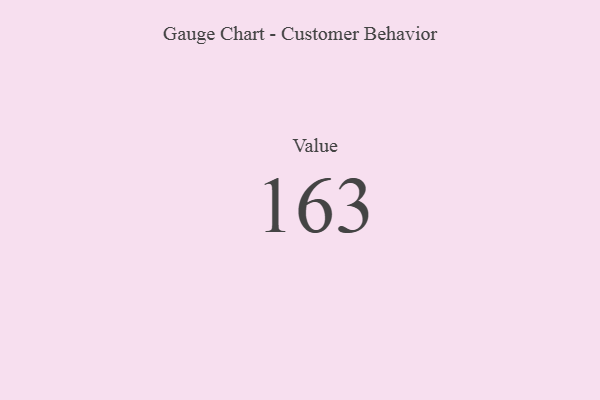
{"axis": {"x": "Metric", "y": "Value"}, "legend": [""], "data": [{"x": "Value", "y": 163, "type": ""}]}